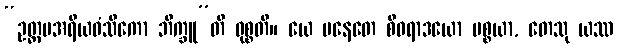
“ဥတ္တမအရိယဝံသိကော ဘိက္ခူ”တိ ဝုစ္စတိ။ ယေ ပနေတေ စီဝရာဒယော ပစ္စယာ, တေသု ယဿ